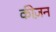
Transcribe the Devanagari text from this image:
कीज़न